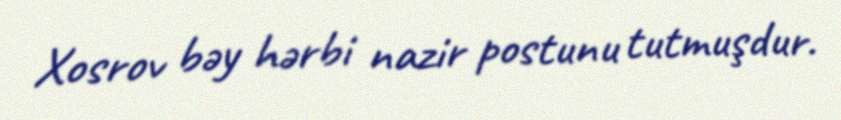
Xosrov bəy hərbi nazir postunu tutmuşdur.